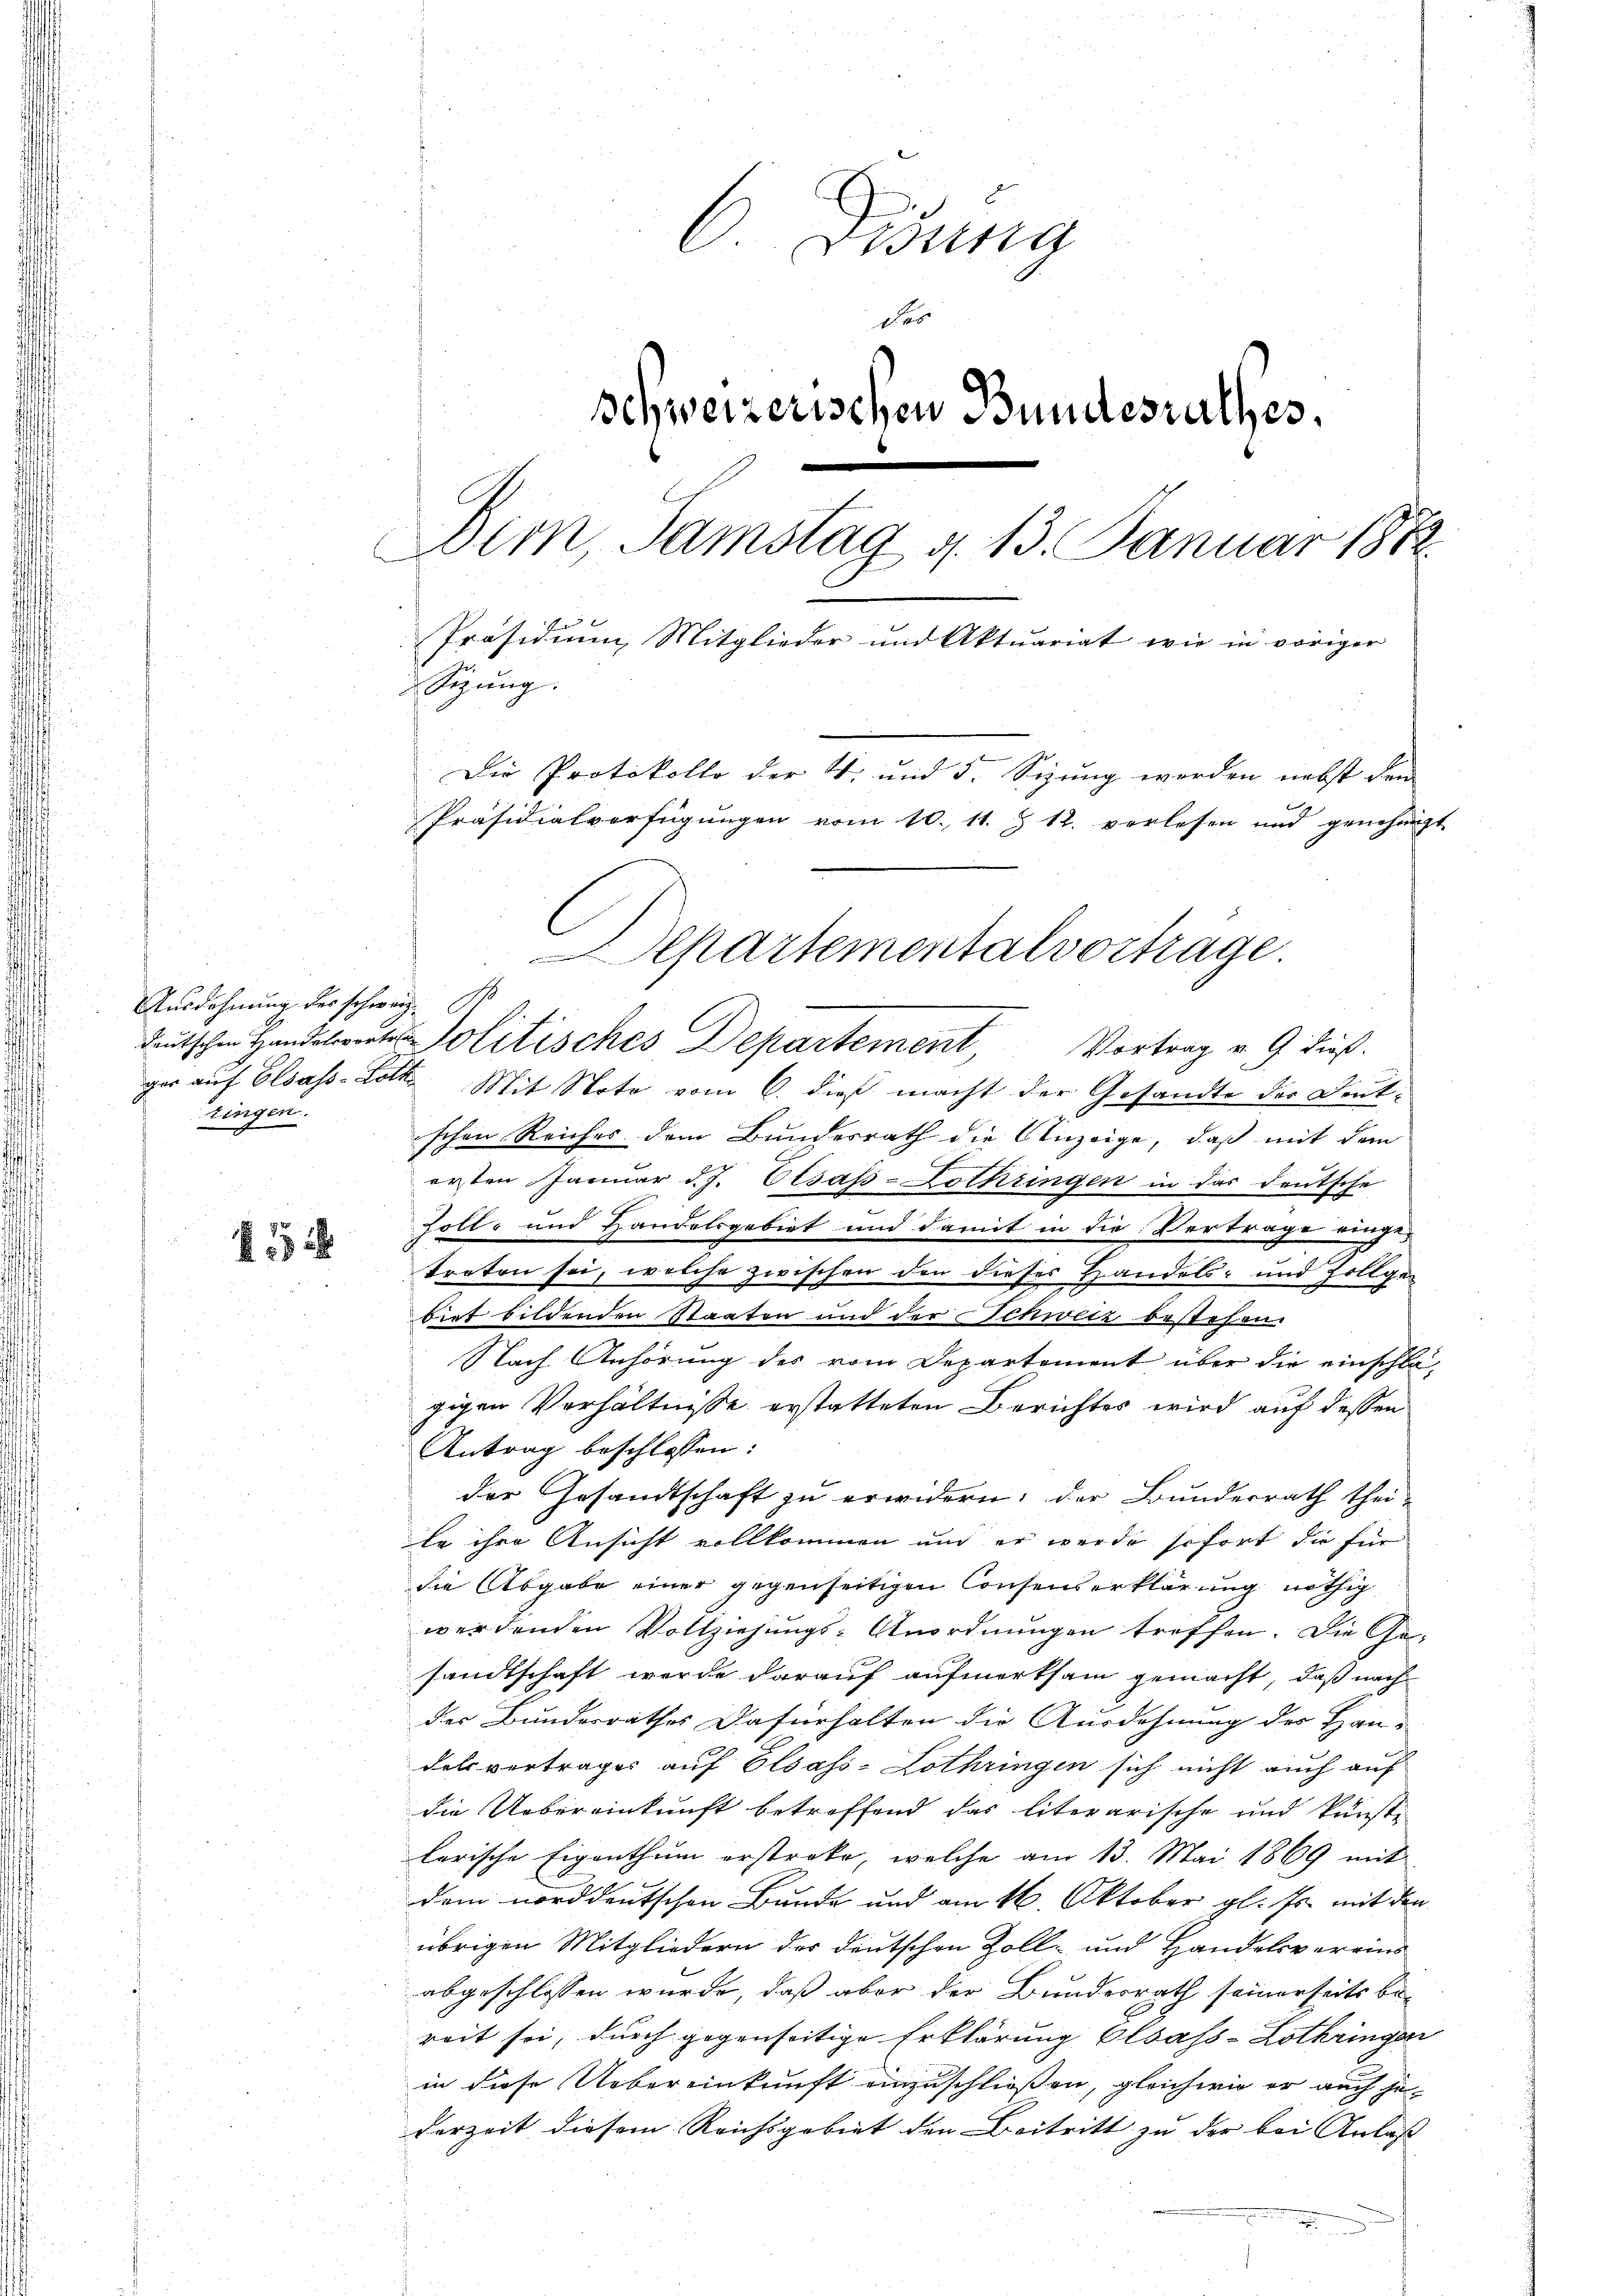
Ausdehnung des schweiz.
zingen.

152

6 Didung
des
schweizerischen Bundesrathes,
Dim, Samstag d. 13. Januar 1882.
Präsidium, Mitglieder und Aktuariat wie in voriger
Sizung.
Die Protokolle der 4. und 5. Sizung werden nebst den
Präsidialverfügungen vom 10. 11. Z. 12. verlesen und genehmigt

deutschen Handstrats-Colitisches Departement Vortrag v. 9. dieß.
ger auf Elsass-Loth. Mit Note vom 6. dieß macht der Gesandte der Dentischen Reiches dem Bundesrath die Anzeige, daß mit dem
ersten Januar d. J. Elsass-Lothringen in das deutsche
soll- und Handelsgebiet und damit in die Vertrage einge-
treten sei, welche zwischen den dieses Handels- und Zollgebiet bildenden Staaten und der Schweiz bestehen.
Nach Anhörung des vom Departement über die einschla-
gigen Verhältnisse erstatteten Berichtes wird auf dessen
Antrag beschlossen:
der Gesandtschaft zu erwidern; der Bunderrath thei-
le ihre Ansicht vollkommen und er werde sofort die für
die Abgabe einer gegenseitigen Consenserklärung nöthig
werdenden Vollziehungs-Anordnungen treffen. Die Ge-
sandtschaft werde darauf aufmerksam gemacht, daß nach
der Bundesrathes Dafürhalten die Ausdehnung der Handelsvertrages auf Olsass-Lothringen sich nicht auch auf
die Uebereinkunft betreffend das literarische und kunste
larische Eigenthum erstreke, welche am 13. Mai 1869 mit
dem norddeutschen Bunde und am 16. Oktober gl. Js. mit den
übrigen Mitgliedern der deutschen Zoll- und Handelsvereins
abgeschlossen wurde, daß aber der Bundesrath seinerseits be-
reit sei, durch gegenseitige Erklärung Elsass-Lothringe
in diese Uebereinkunft einzuschliessen, gleichwie er auch je-
derzeit diesem Reichsgebiet den Beitritt zu der bei Anlass |

Separtementalvortrage.